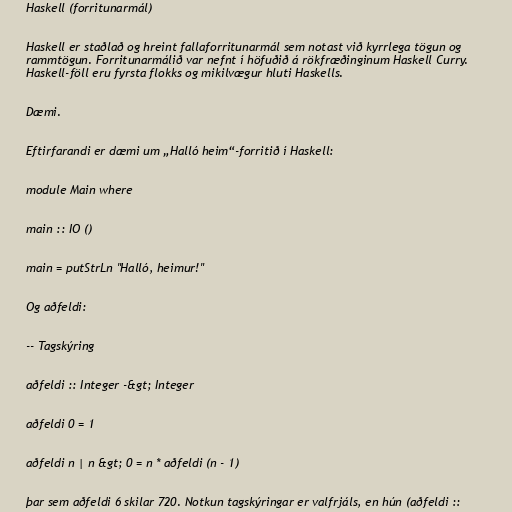
Haskell (forritunarmál)

Haskell er staðlað og hreint fallaforritunarmál sem notast við kyrrlega tögun og
rammtögun. Forritunarmálið var nefnt í höfuðið á rökfræðinginum Haskell Curry.
Haskell-föll eru fyrsta flokks og mikilvægur hluti Haskells.

Dæmi.

Eftirfarandi er dæmi um „Halló heim“-forritið í Haskell:

module Main where

main :: IO ()

main = putStrLn "Halló, heimur!"

Og aðfeldi:

-- Tagskýring

aðfeldi :: Integer -&gt; Integer

aðfeldi 0 = 1

aðfeldi n | n &gt; 0 = n * aðfeldi (n - 1)

þar sem aðfeldi 6 skilar 720. Notkun tagskýringar er valfrjáls, en hún (aðfeldi ::